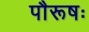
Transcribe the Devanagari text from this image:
पौरूषः